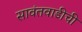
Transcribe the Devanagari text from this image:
सावंतवाडीची